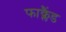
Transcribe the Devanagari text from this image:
फाक्लैंड